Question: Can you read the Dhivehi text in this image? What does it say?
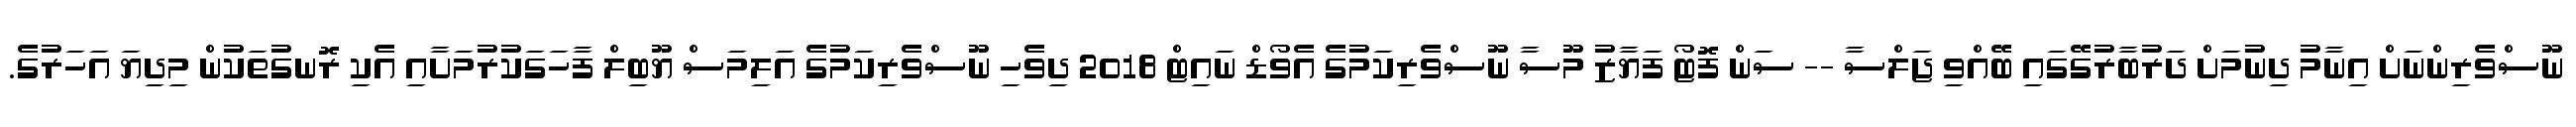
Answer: ނޫސްވެރިންނަށް އިނާމު ދިނުމަށް ދަރުބާރުގޭގައި ބޭއްވި ޖަލްސާ -- ސަން ފޮޓޯ ފަޔާޒު މޫސާ ނޫސްވެރިކަމުގެ އެވޯޑް ނައިޓް 2018 ދިވެހި ނޫސްވެރިކަމުގެ އަލިމަސް ޔޫބިލް ފާހަގަކުރުމަށާއި އެކި ރޮނގުތަކުން މިދިޔަ އަހަރުގެ.